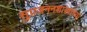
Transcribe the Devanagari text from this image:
सुप्रजननशास्त्राच्या